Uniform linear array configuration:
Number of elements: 12
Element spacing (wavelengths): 0.75
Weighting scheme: uniform
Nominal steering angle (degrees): -30
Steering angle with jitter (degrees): -31.021
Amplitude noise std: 0.05
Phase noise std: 0.05

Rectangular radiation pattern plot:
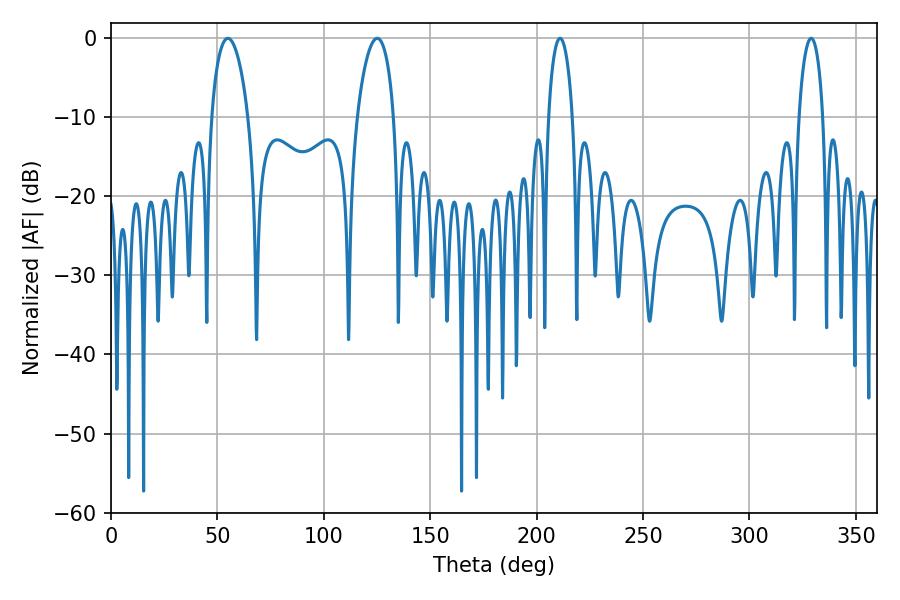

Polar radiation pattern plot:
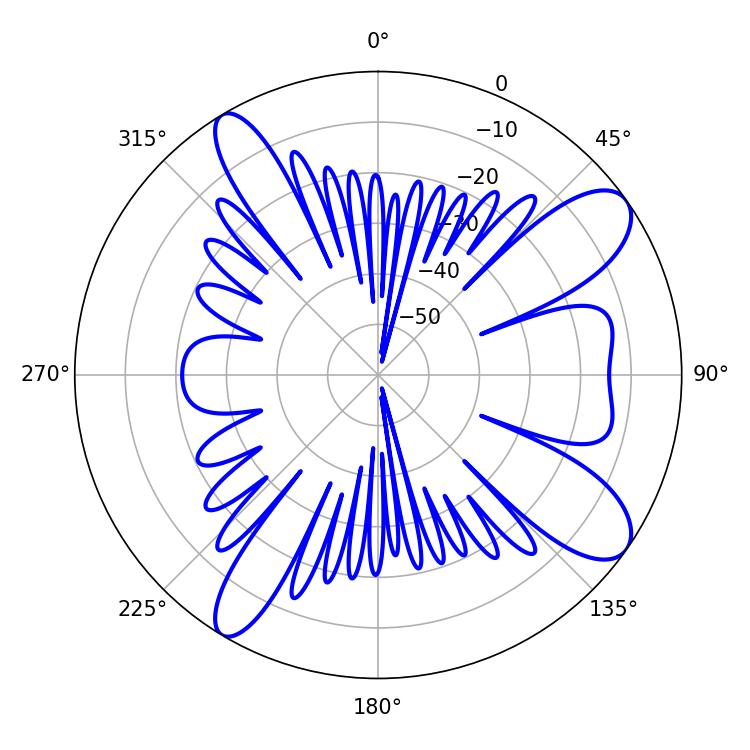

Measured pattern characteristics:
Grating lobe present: TRUE
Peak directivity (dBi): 10.199
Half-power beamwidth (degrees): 9.72
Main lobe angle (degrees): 54.9